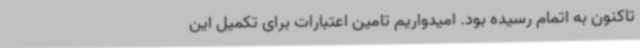
تاکنون به اتمام رسیده بود. امیدواریم تامین اعتبارات برای تکمیل این